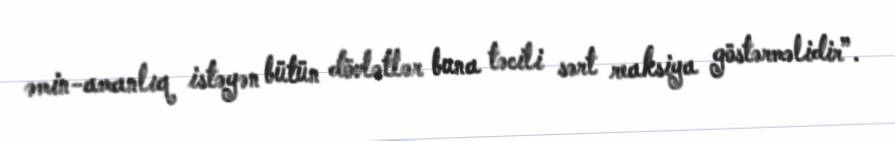
əmin-amanlıq istəyən bütün dövlətlər buna təcili sərt reaksiya göstərməlidir”.